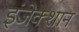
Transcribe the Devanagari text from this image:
इंजेक्शान